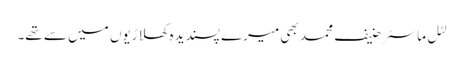
لٹل ماسٹر حنیف محمد بھی میرے پسندیدہ کھلاڑیوں میں سے تھے۔